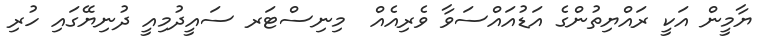
ޔާމީން އަކީ ރައްޔިތުންގެ އަޑުއައްސަވާ ވެރިއެއް  މިނިސްޓަރ ސައީދުމިއީ ދުނިޔޭގައި ހުރި